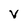
Character: V